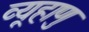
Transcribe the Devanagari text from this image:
व्यूहाणु